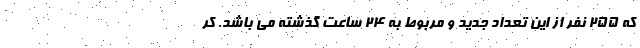
که ۲۵۵ نفر از این تعداد جدید و مربوط به ۲۴ ساعت گذشته می باشد. کر